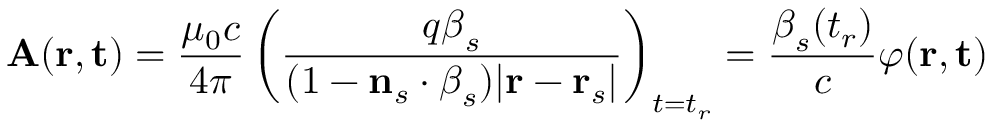
\mathbf { A } ( \mathbf { r } , \mathbf { t } ) = { \frac { \mu _ { 0 } c } { 4 \pi } } \left( { \frac { q { \boldsymbol { \beta } } _ { s } } { ( 1 - \mathbf { n } _ { s } \cdot { \boldsymbol { \beta } } _ { s } ) | \mathbf { r } - \mathbf { r } _ { s } | } } \right) _ { t = t _ { r } } = { \frac { { \boldsymbol { \beta } } _ { s } ( t _ { r } ) } { c } } \varphi ( \mathbf { r } , \mathbf { t } )